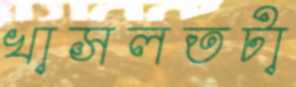
খাসলতটা